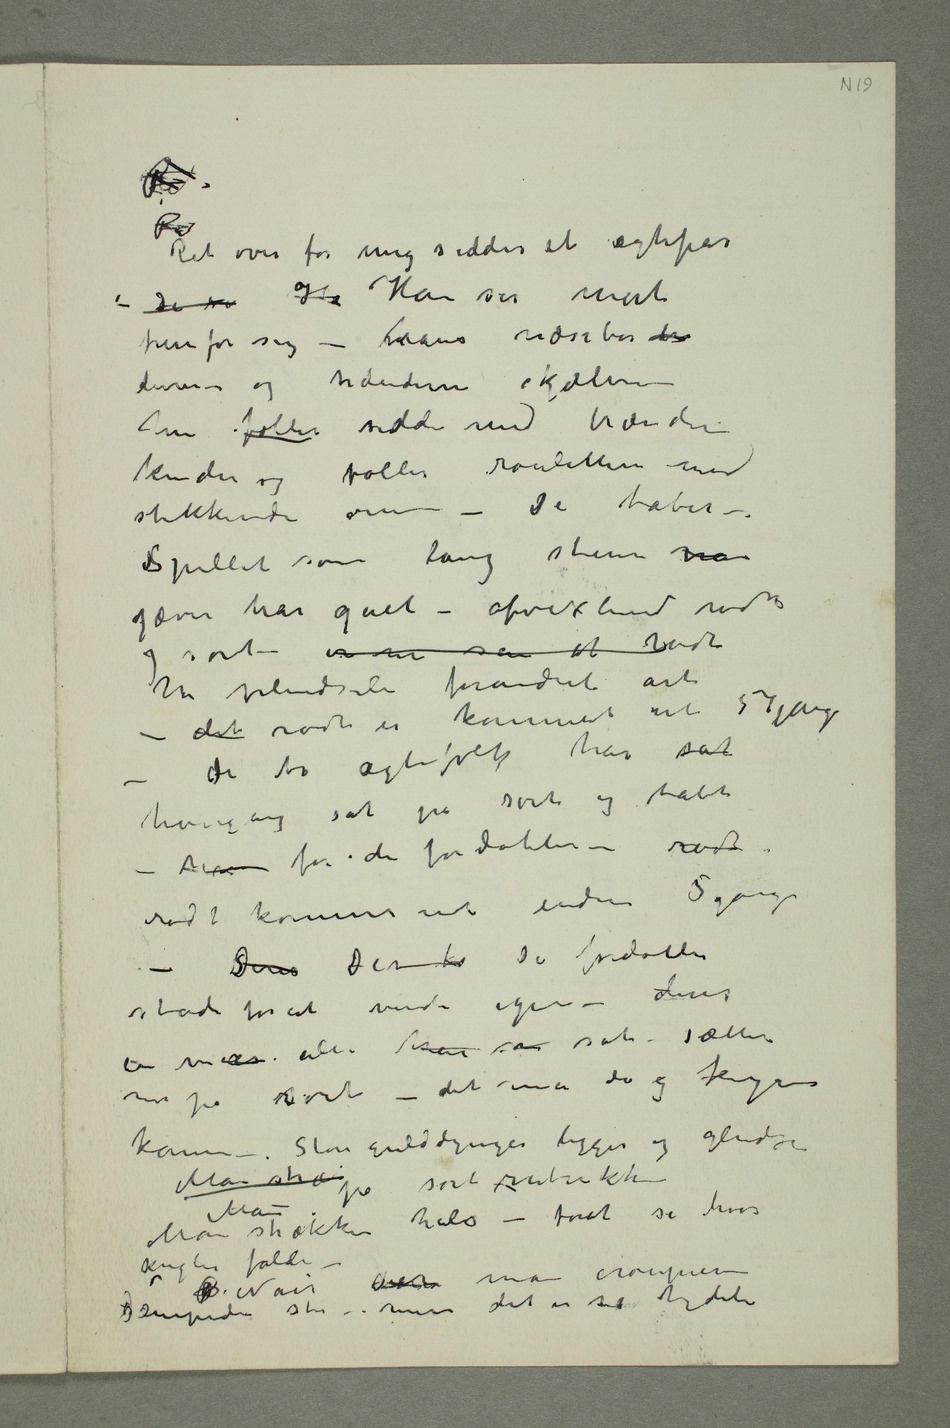
Ret over for mig sidder et ægtepar –
De se Ha Han ser mørt
fremfor sig – hans næsebor dr
dirrer – og hænderne skjælver
hun føller sidder med brændene
kinder og føller rouletten med
stikkende øine – De taber –.
Spillet som lang stun har
jævn har gået – afvexlende rødt
har pludseli forandret art
– det rødt er kommet ut 57 gange –
de to ægtefolk har sat
hvergang sat på
rødt kommer ud endnu 5 gange
– Deres Der ko De fordobler
stadi for at vinde igjen –
deres er    han  sat – sætter
komme – Store gulddynger ligger og glindser
Man strækker hals – forat se hvor
kuglen falder –
dæmpede stemme – men det er så tydeli